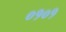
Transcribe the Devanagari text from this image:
०१०१